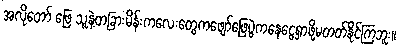
အလိုတော် ဖြေ သူနဲ့တခြားမိန်းကလေးတွေကဖျော်ဖြေပွဲကနေငွေရှာဖို့မတတ်နိုင်ကြဘူး။